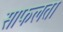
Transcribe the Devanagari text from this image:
साफलता